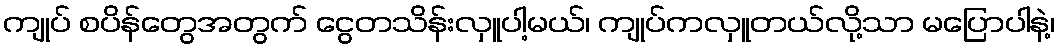
ကျုပ် စပိန်တွေအတွက် ငွေတသိန်းလှူပါ့မယ်၊ ကျုပ်ကလှူတယ်လို့သာ မပြောပါနဲ့၊